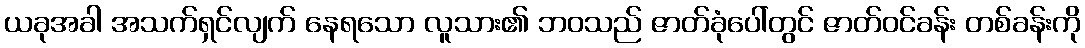
ယခုအခါ အသက်ရှင်လျက် နေရသော လူသား၏ ဘဝသည် ဇာတ်ခုံပေါ်တွင် ဇာတ်ဝင်ခန်း တစ်ခန်းကို